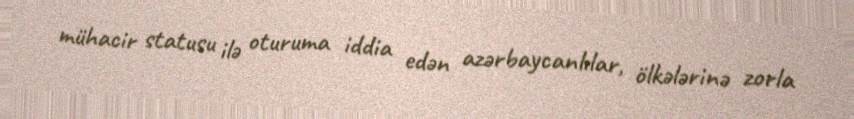
mühacir statusu ilə oturuma iddia edən azərbaycanlılar, ölkələrinə zorla